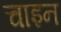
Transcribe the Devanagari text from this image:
चाइन